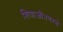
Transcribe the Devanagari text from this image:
शिवाजींनगरचे